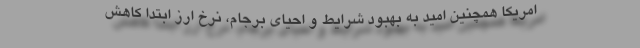
امريكا همچنين اميد به بهبود شرايط و احياي برجام، نرخ ارز ابتدا كاهش